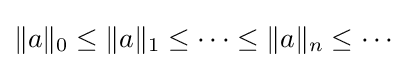
\|a\|_{0}\leq \|a\|_{1}\leq \cdots \leq \|a\|_{n}\leq \cdots